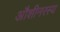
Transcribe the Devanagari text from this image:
औशीनरस्य